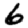
Digit: 6